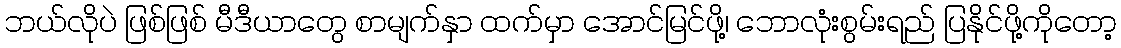
ဘယ်လိုပဲ ဖြစ်ဖြစ် မီဒီယာတွေ စာမျက်နှာ ထက်မှာ အောင်မြင်ဖို့၊ ဘောလုံးစွမ်းရည် ပြနိုင်ဖို့ကိုတော့